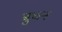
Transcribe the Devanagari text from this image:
बुचन